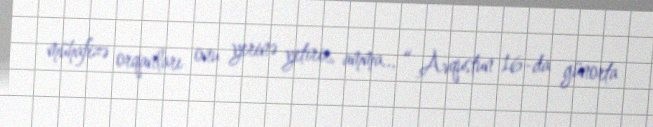
mühafizə orqanları onu yerinə yetirir, amma... “ Avqustun 16-da günorta